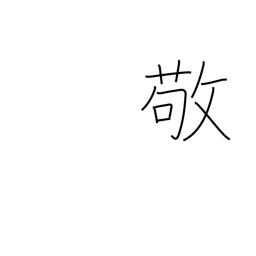
Meaning: revere